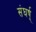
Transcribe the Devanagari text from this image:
संघर्ष्